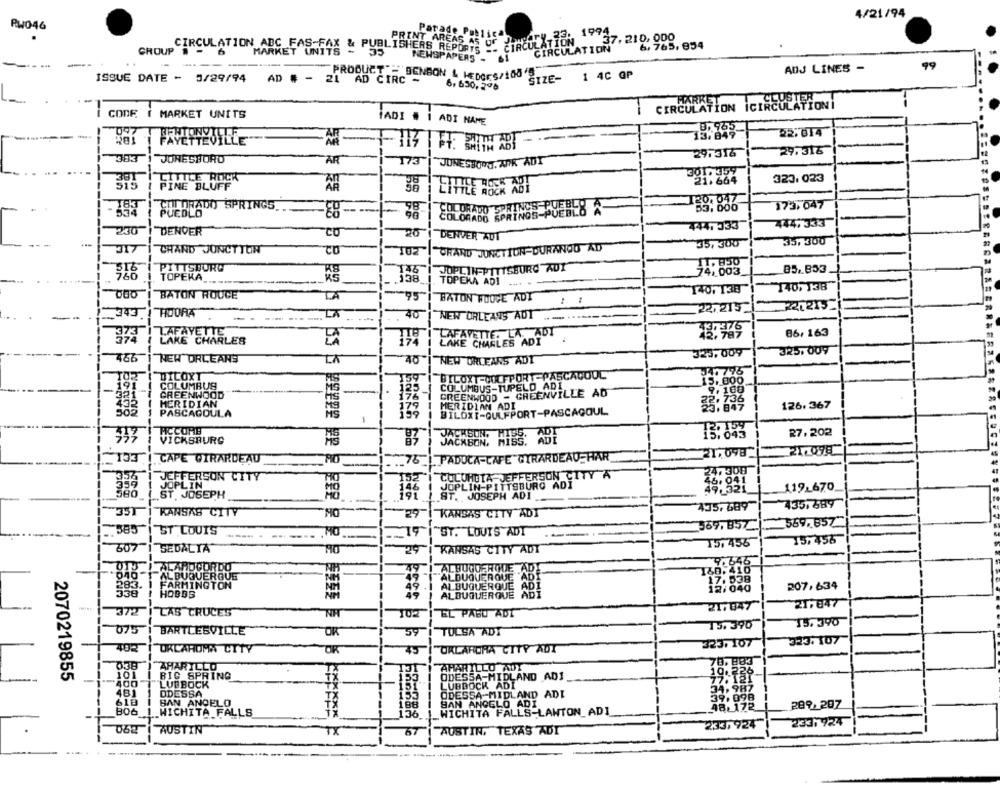
4/21/94
RW046
Parade Publica
PRINT AREAS AS OF Jawgary 2f. 1974
CIRCULATION
37. 210, 000
CIRCULATION
6, 765, 854
GROUP -
CIRCULATION ABC FAS-FAX &
MARKET UNITS - 35
NEWSPAPERS - 61
ADJ LINES -
99
ISSUE DATE - 3/29/94
- PRODUCT: - BENSON & HEDERS/100/8.
SIZE-
1 4C @P
AD # - 21 AD CIRC -
6. 630, 208
ANATION ICIRCULATIONY
CODE ( MARKET UNITS
ADI NAME
097
22.014
FAYETTEVILLE-
29.316
JONESBORO
29.316
AR
173
JONESBORO. APK ADT
301
21.664
323. 023
515
PINE BLUFF
85
COLORADO SPRINGS.
COLORADO SPRINGS PUEBLO
201 047
173,047
PUEBLO
88 --
444,333
230
4441 333
DENVER
20
DENVER ADT
35, 300
35, 300
CHAND JONCTION
GRAND JUNCTION DURANOU AD
PITTSBURG
JOPLIN-PITTSBURG AUX
85. 853
TOPEKA_
TOPEKA ADI.
140, 138
140, 138
BATON ROUGE
LA
95" BATON ROUGE ADT
75
Re1215
_343!
HIDORA
LA
40
NEW ORLEANS ADT
22,215
LAKE CHARLES
A. ADI
86, 163
LAKE CHARLES ADT
325,009
325, 009
466
NEW ORLEANS
TX
NEW ORLEANS ADT
DICOXT
BILOXT-COLFPORT-PASCAGOUL
140 775
COLUMBUS
COLUMBUS-TUPELO ADI
15,000
321
GREENWOOD
CREENWOOD - GREENVILLE AD
MERIDIAN
PASCAGOULA
MERIDIAN ADI
126.367
BILOXI-GULFPORT-PASCAGOUL
FICCOME
13: 843
27,202
VICKSBURG
JACKBON.
133"| CAPE GIRARDEAU
76
PADUCA-CAFE GIRARDEAU HAR
21.098
JEFFERSON CITY
COLUHUTA JEFFERSON CITY A
359
JOPLIN
JOPLIN PITTS
P-PITTSBURG ADI
119-670
ST. JOSEPH
ST. JOSEPH ADI
435,689
35T
KANSAS CITY
NO
29
KANSAS CITY ADI
435,689
585
ST LOUIS
569, B57
569.857
MO
19
ST. LOUIS ADT
T5. 455
15,455
607 | SEDALIA
29
KANSAS CITY ADT
DIS I ALAHOCORDO
ALBUQUERQUE ADY
7.646
040-
ALBUQUERQUE
"ALBUQUERQUE "ADI
283.
FARMINGTON
ALBUQUERQUE ADI
207,634
538
HOBBS
ALBUQUERQUE ADI
AB
21,047
21,847
372
"LAS CRUCES
102
I EL PASU ADT
15. 390
15. 390
075
BARTLESVILLE
OR
59 1
TULSA ADY
323.107
323. 107
402
OKLAHOMA CITY
OK
"OKLARDRA CTTY ADT
038
70.883
AMARILLO
AMARILLO ADY
2070219855
101
BIG SPRING
153
ODESSA-MIDLAND AD1
19:73º-
400
"LUBBOCK
LUBBOCK ADI
481
DDESSA
ODESSA-MIDLAND ADI
618
BAN ANGELO
SAN ANGELO ADI
289, 207
BO6
WICHITA FALLS
_WICHITA FALLS-LAWTON_ADI
48- 172
23 3, 924
2331924
AUSTIN
TX
AUSTIN, TEXAS ADT